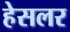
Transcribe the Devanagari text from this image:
हेसलर